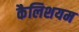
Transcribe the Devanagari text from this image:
कैलिशयम